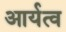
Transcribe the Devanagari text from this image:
आर्यत्व